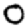
Digit: 0